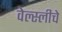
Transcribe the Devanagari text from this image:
वेल्स्लीचे